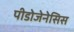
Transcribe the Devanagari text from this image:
पीडोजेनेसिस